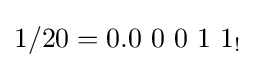
1/20=0.0\ 0\ 0\ 1\ 1_{!}